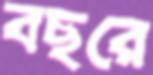
বছরে